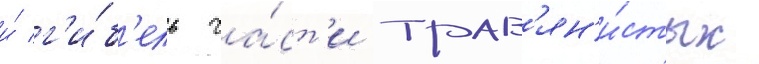
и́ г'и́б'ель ча́ст'и трав'ян'и́стых